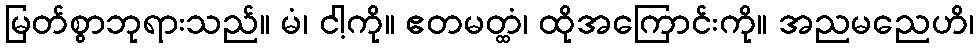
မြတ်စွာဘုရားသည်။ မံ၊ ငါ့ကို။ ဧတမတ္ထံ၊ ထိုအကြောင်းကို။ အညမညေဟိ၊